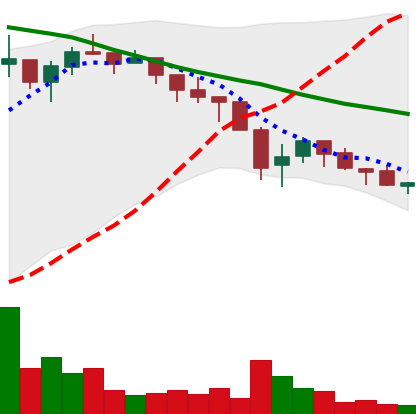
Ticker: ADA-USD
Chart end date: 2018-05-18
Forward return: -17.378%
Label: down_7plus